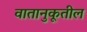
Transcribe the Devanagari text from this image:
वातानुकूतील